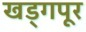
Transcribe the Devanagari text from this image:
खड्गपूर